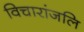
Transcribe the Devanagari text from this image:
विचारांजलि